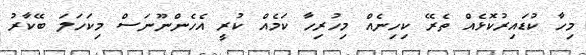
މިހާ ކުޑައިރުކޮޅެއް ތެރޭ ކިހިނެއް މިހުރިހާ ކަމެއް ކުރީ އެހެންނޫނަސް މިކަހަލަ ބޭކާރު